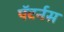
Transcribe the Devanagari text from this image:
पॅटर्नस